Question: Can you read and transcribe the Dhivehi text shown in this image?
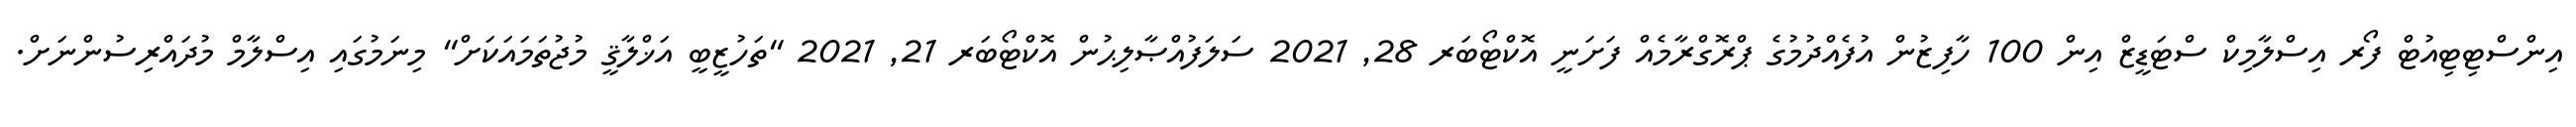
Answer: އިންސްޓިޓިއުޓް ފޯރ އިސްލާމިކް ސްޓަޑީޒް އިން 100 ހާފިޒުން އުފެއްދުމުގެ ޕްރޮގްރާމެއް ފަށަނީ އޮކްޓޯބަރ 28, 2021 ސަލަފުއްޞާލިޙުން އޮކްޓޯބަރ 21, 2021 "ތަހުޒީބީ އަޚްލާޤީ މުޖުތަމައަކަށް" މިނަމުގައި އިސްލާމް މުދައްރިސުންނަށް.